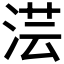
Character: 𣶽